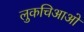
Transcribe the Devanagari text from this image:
लुकचिआओ